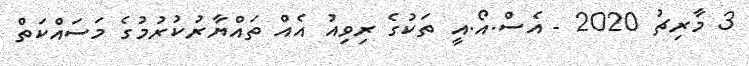
3 މާރިޗު 2020 - އެސް.އޯ.އީ ތަކުގެ ރިވިއު އެއް ތައްޔާރުކުރުމުގެ މަސައްކަތް